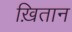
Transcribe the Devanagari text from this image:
ख़ितान